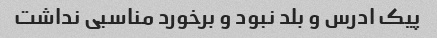
پیک ادرس و بلد نبود و برخورد مناسبی نداشت